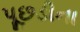
પૂછડીના